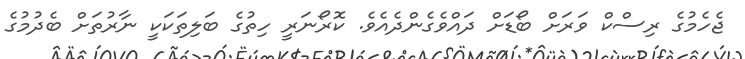
ޖެހެމުގެ ރިސްކް ވަރަށް ބޯޑަށް ދައްވެގެންދެއެވެ. ކޮރޯނަރީ ހިތުގެ ބަލިތަކަކީ ނާރުތަށް ބެދުމުގެ